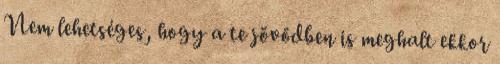
Nem lehetséges, hogy a te jövődben is meghalt ekkor